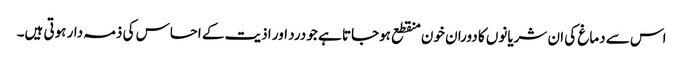
اس سے دماغ کی ان شریانوں کا دوران خون منقطع ہوجاتا ہے جو درد اور اذیت کے احساس کی ذمہ دار ہوتی ہیں۔